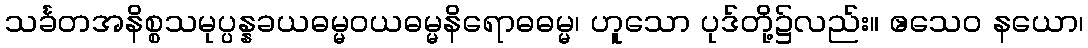
သင်္ခတအနိစ္စသမုပ္ပန္နခယဓမ္မဝယဓမ္မနိရောဓဓမ္မ၊ ဟူသော ပုဒ်တို့၌လည်း။ ဧသေဝ နယော၊